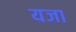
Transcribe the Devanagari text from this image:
यजा